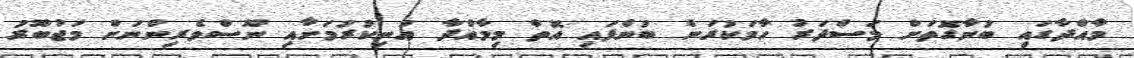
މާއްދާގައި ބުނާގޮތަށް މަސްދަރު ހާމަކުރަން ބުނެފައި އޮތް މިމާއްދާ އުނިކުރުމަށާއި ނޫސްވެރިންނަށް މަޖުބޫރު